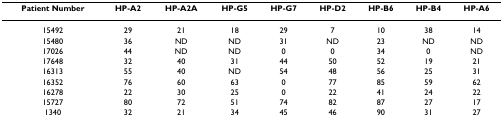
<table><thead><tr><td><b>Patient Number</b></td><td><b>HP-A2</b></td><td><b>HP-A2A</b></td><td><b>HP-G5</b></td><td><b>HP-G7</b></td><td><b>HP-D2</b></td><td><b>HP-B6</b></td><td><b>HP-B4</b></td><td><b>HP-A6</b></td></tr></thead><tbody><tr><td>15492</td><td>29</td><td>21</td><td>18</td><td>29</td><td>7</td><td>10</td><td>38</td><td>14</td></tr><tr><td>15480</td><td>36</td><td>ND</td><td>ND</td><td>31</td><td>ND</td><td>23</td><td>ND</td><td>ND</td></tr><tr><td>17026</td><td>44</td><td>ND</td><td>ND</td><td>0</td><td>0</td><td>34</td><td>0</td><td>ND</td></tr><tr><td>17648</td><td>32</td><td>40</td><td>31</td><td>44</td><td>50</td><td>52</td><td>19</td><td>21</td></tr><tr><td>16313</td><td>55</td><td>40</td><td>ND</td><td>54</td><td>48</td><td>56</td><td>25</td><td>31</td></tr><tr><td>16352</td><td>76</td><td>60</td><td>63</td><td>0</td><td>77</td><td>85</td><td>59</td><td>62</td></tr><tr><td>16278</td><td>22</td><td>30</td><td>25</td><td>0</td><td>22</td><td>41</td><td>24</td><td>22</td></tr><tr><td>15727</td><td>80</td><td>72</td><td>51</td><td>74</td><td>82</td><td>87</td><td>27</td><td>17</td></tr><tr><td>1340</td><td>32</td><td>21</td><td>34</td><td>45</td><td>46</td><td>90</td><td>31</td><td>27</td></tr></tbody></table>